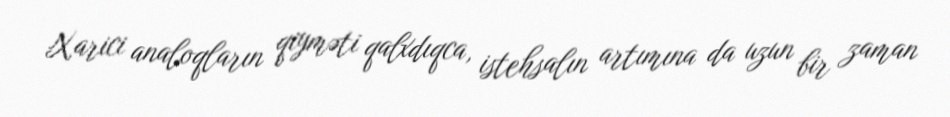
Xarici analoqların qiyməti qalxdıqca, istehsalın artımına da uzun bir zaman